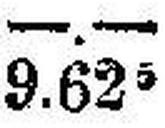
9.625